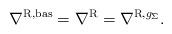
LaTeX: \begin{gather*} \nabla^{\mathrm{R},\mathrm{bas}} = \nabla^{\mathrm{R}} = \nabla^{\mathrm{R},g_{\Sigma}}. \end{gather*}